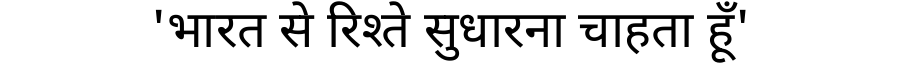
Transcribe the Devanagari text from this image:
'भारत से रिश्ते सुधारना चाहता हूँ'